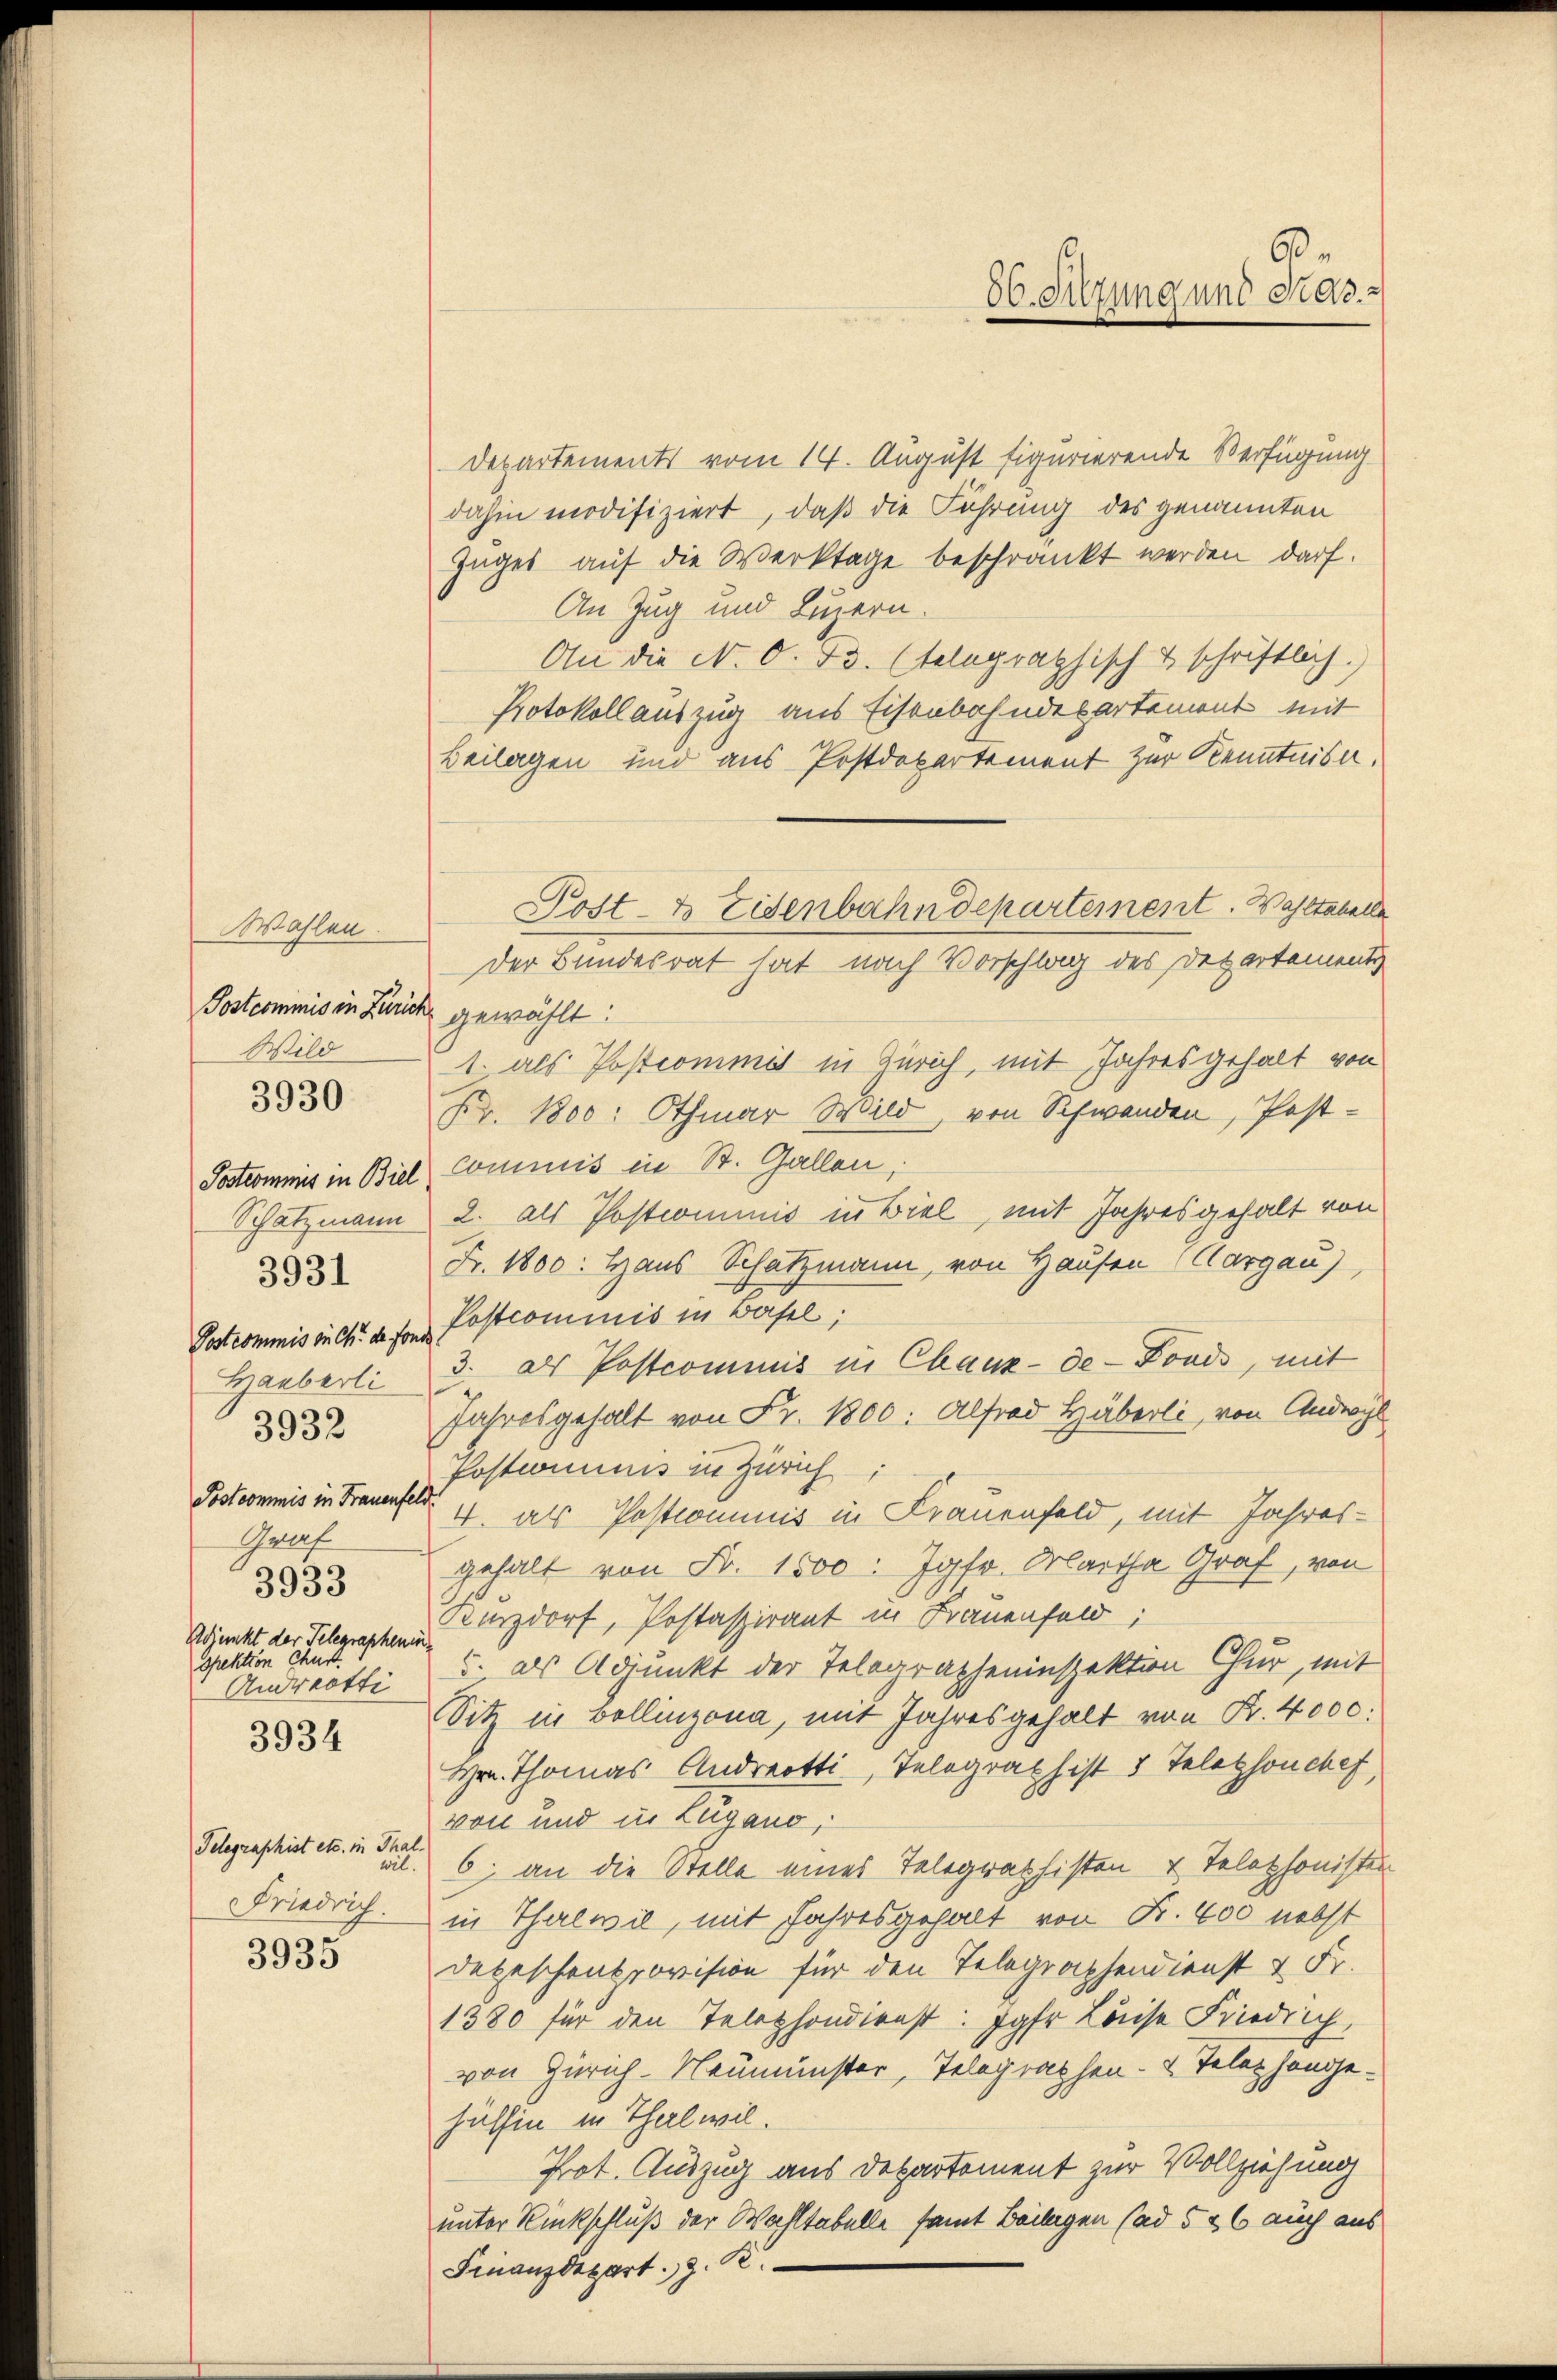
Wahlen.
Postcommis in Zürich gewählt:
Wild
Hauberli
3932
Gruf
3933
Adjunkt der Telegrapheninspektion Chus.
Andreotti

3930

3931

3934

Telegraphist etc. in Thal

3935

Departements vom 14. August figurierende Verfügung
dahin modifiziert, daß die Führung des genannten
Zuges auf die Werktage beschränkt werden darf.
An Zug und Luzern.
An die N. O. B. telegraphisch & schriftlich.
Protokollauszug aus Eisenbahndepartement mit
Beilagen und aus Postdepartement zur Kenntnisn.
Der Bundesrat hat nach Vorschlag des Departements
1. als Postcommis in Zürich, mit Jahres gehalt von
Fr. 1800: Othmar Wild, von Schwanden, Post-
Postcommis in Biel Commis in St. Gallen,
Schatzmann 2. als Postcommis in Biel, mit Jahresgehalt von
Fr. 1800. Haus Schatzmann, von Hausen Aargau)
Postcommis in Ch. de son Pastcominis in Basel;
3. als Postcommis in Chaux-de-Fonds, mit
Jahresgehalt von Fr. 1800. Alfred Häberli, von Androyl
Postwimnis in Zürich
Postcommis in Trauenfeld 1, als Postcommis in Frauenfeld, mit Jahresgehalt von Fr. 1500: Jgfr. Martha Graf, von
Kurzdorf, Postaspirant in Frauenfeld;
5. als Adjunkt der Telegrapheninspektion Chur, mit
Sitz in vollinzona, mit Jahresgehalt von K. 4000.
Hrn. Thomas Andreotti, Telegraph ist 5 Telephonchef,
von und in Lugano,
wil. 6. an die Stelle eines Telegraphisten & Telephonisten
Friedrich in Thalwil, mit Jahresgehalt von Fr. 400 nebst
Depeschensrovision für den Telegraphendienst & Fr.
1380 für den Telephondienst: Jahr Luise Friedrich,
von Zürich-Neumünster, Telegraphen- & Telephongehülfen in Thalwil.
Prot. Auszug aus Departement zur Vollziehung
unter Rückschluß der Wahltabelle samt Beilagen (ad 526 auch aus
Finanzdepart z. B.

Post- & Eisenbahndepartement. Waltabelle

60.
56. Sitzung und Stad